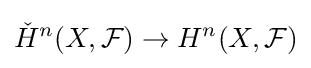
{\check {H}}^{n}(X,{\mathcal {F}})\rightarrow H^{n}(X,{\mathcal {F}})